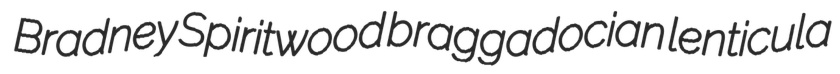
Bradney Spiritwood braggadocian lenticula